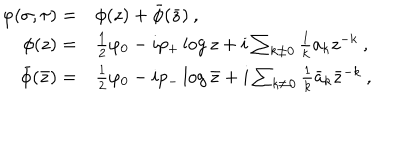
\begin{array} { r l } { { \displaystyle \varphi ( \sigma , \tau ) = } } & { { \phi ( z ) + \bar { \phi } ( \bar { z } ) \: , } } \\ { { \phi ( z ) = } } & { { \frac { 1 } { 2 } \varphi _ { 0 } - i p _ { + } \log z + i \sum _ { k \neq 0 } \frac { 1 } { k } a _ { k } z ^ { - k } \: , } } \\ { { \bar { \phi } ( \bar { z } ) = } } & { { \frac { 1 } { 2 } \varphi _ { 0 } - i p _ { - } \log \bar { z } + i \sum _ { k \neq 0 } \frac { 1 } { k } \bar { a } _ { k } \bar { z } ^ { - k } \: , } } \\ \end{array}